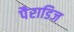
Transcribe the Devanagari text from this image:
पैराडिज